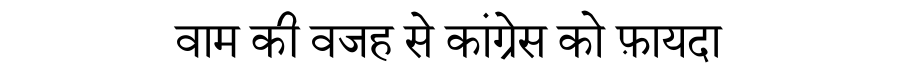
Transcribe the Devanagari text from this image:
वाम की वजह से कांग्रेस को फ़ायदा